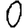
Digit: 0